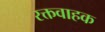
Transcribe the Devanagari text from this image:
रक्तवाहक